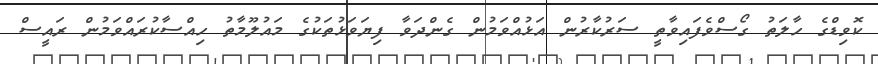
ކޮވިޑްގެ ހާލަތު ގޯސްވެފައިވާތީ ސަރުކާރުން އަޅުއްވަމުން ގެންދަވާ ފިޔަވަޅުތަކުގެ މައުލޫމާތު ހިއްސާކުރައްވަމުން ރައީސް